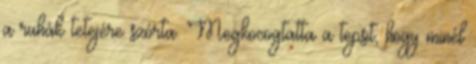
a ruhák tetejére szórta. Megkocogtatta a tepsit, hogy minél